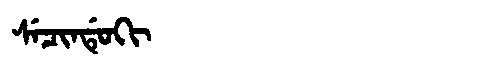
Manchu: ᠰᡝᠴᡳᠨᡩᡠᡴᡳ
Romanization: SECINDUKI